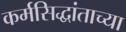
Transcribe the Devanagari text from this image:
कर्मसिद्धांताच्या